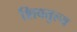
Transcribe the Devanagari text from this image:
शिवतुल्य